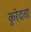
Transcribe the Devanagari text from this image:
कुरेदता